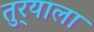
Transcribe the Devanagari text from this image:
तुर्‍याला